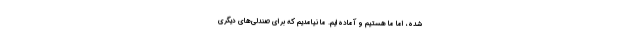
شده، اما ما هستیم و آماده‌ایم. ما نیامدیم که برای صندلی‌های دیگری